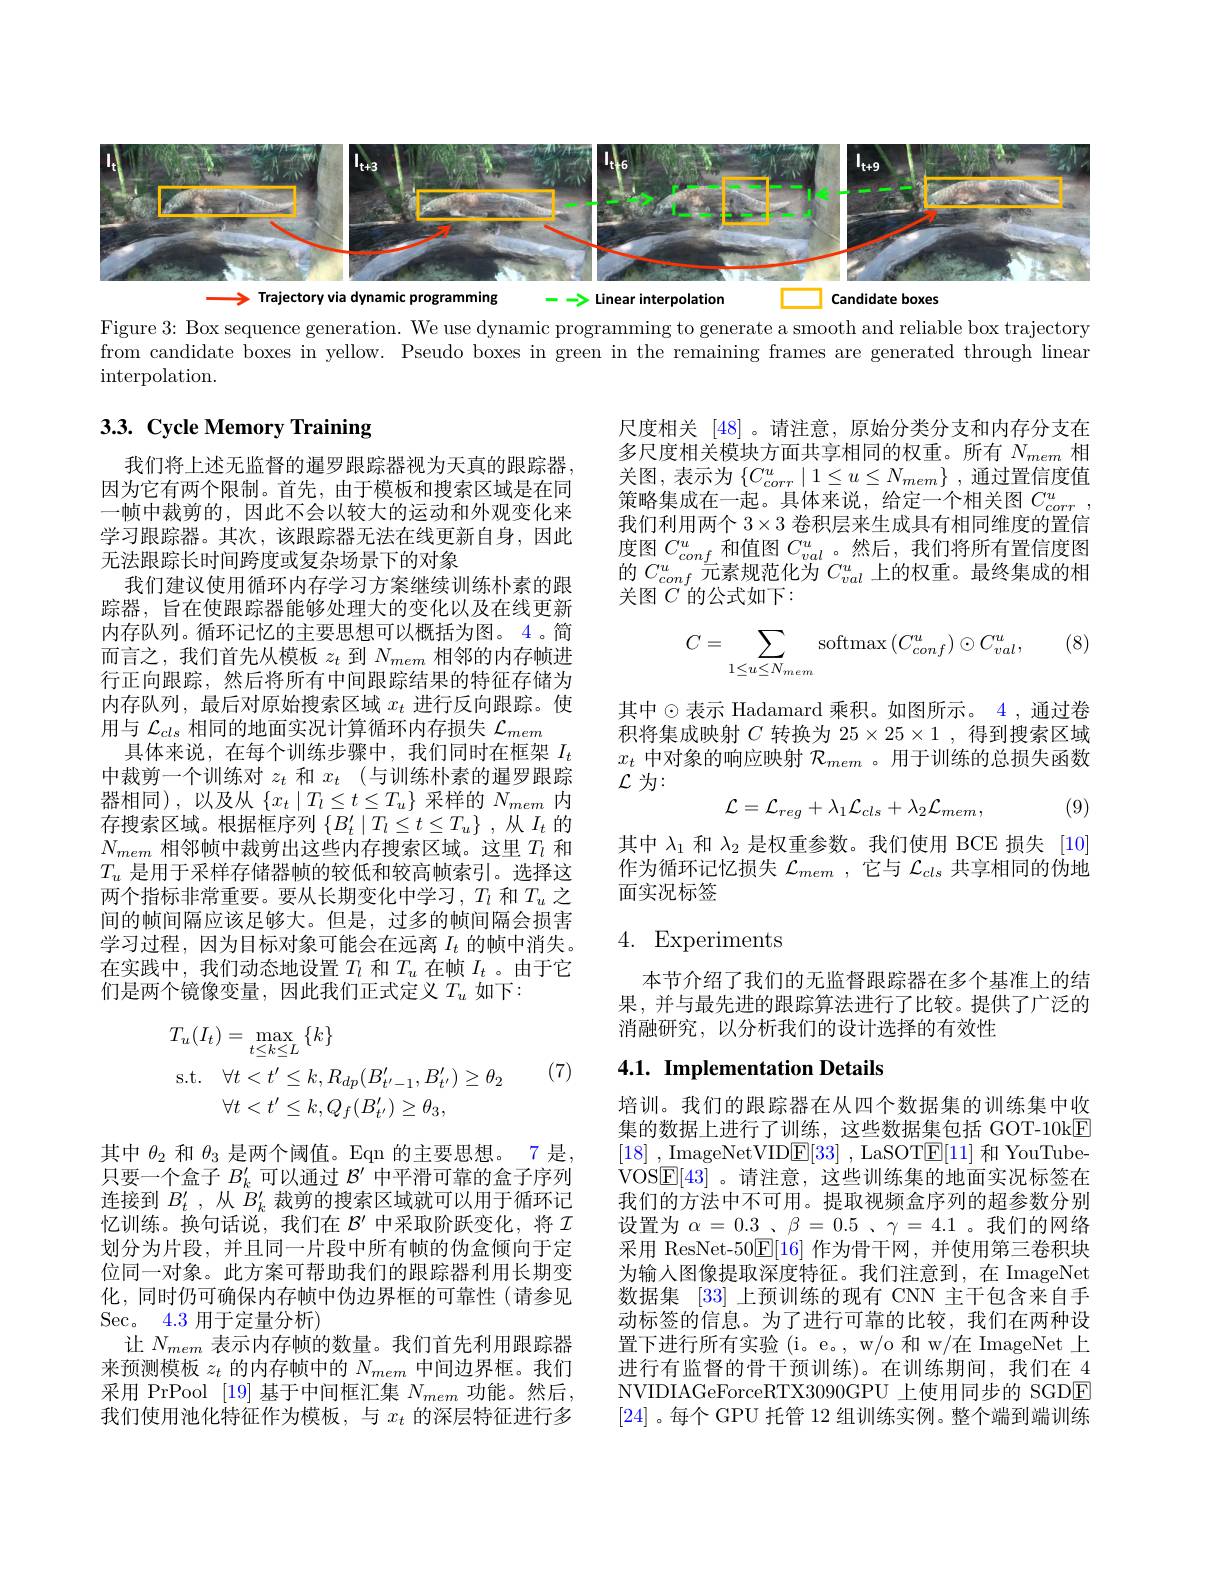
<FigureHere>

Figure 3: Box sequence generation. We use dynamic programming to generate a smooth and reliable box trajectory

from candidate boxes in yellow. Pseudo boxes in green in the remaining frames are generated through linear

$\operatorname{interpolation}.$

# $3. 3. \textbf{ Cycle Memory Training}$

尺度相关[48] 。请注意，原始分类分支和内存分支在多尺度相关模块方面共享相同的权重。所有$N_{mem}$相关图，表示为$\left\{C_{corr}^u\mid1\leq u\leq N_{mem}\right\}$,通过置信度值策略集成在一起。具体来说，给定一个相关图$C_{corr}^u$, 我们利用两个$3\times3$卷积层来生成具有相同维度的置信度图$C_{conf}^u$和值图$C_val$ 。然后，我们将所有置信度图的$C_{conf}^u$元素规范化为$C_{val}^u$上的权重。最终集成的相关图 $C$ 的公式如下：

(8)
$$C=\sum_{1\leq u\leq N_{mem}}\mathrm{softmax}\left(C_{conf}^{u}\right)\odot C_{val}^{u},$$
我们将上述无监督的暹罗跟踪器视为天真的跟踪器因为它有两个限制。首先，由于模板和搜索区域是在同一帧中裁剪的，因此不会以较大的运动和外观变化来学习跟踪器。其次，该跟踪器无法在线更新自身，因此无法跟踪长时间跨度或复杂场景下的对象
我们建议使用循环内存学习方案继续训练朴素的跟踪器，旨在使跟踪器能够处理大的变化以及在线更新内存队列。循环记忆的主要思想可以概括为图。4。简而言之，我们首先从模板$z_t$到$N_mem$相邻的内存帧进行正向跟踪，然后将所有中间跟踪结果的特征存储为内存队列，最后对原始搜索区域$x_t$进行反向跟踪。使用与$\mathcal{L}_cls$相同的地面实况计算循环内存损失$\mathcal{L}_mem$
具体来说，在每个训练步骤中，我们同时在框架$I_t$ 中裁剪一个训练对$z_t$和$x_t$ (与训练朴素的暹罗跟踪器相同),以及从$\left\{x_t\mid T_l\leq t\leq T_u\right\}$采样的$N_mem$内存搜索区域。根据框序列$\{B_t^{\prime}\mid T_l\leq t\leq T_u\}$ ,从$I_t$的$N_{mem}$相邻帧中裁剪出这些内存搜索区域。这里$T_l$和$T_u$是用于采样存储器帧的较低和较高帧索引。选择这两个指标非常重要。要从长期变化中学习，$T_l$ 和$T_u$ 之间的帧间隔应该足够大。但是，过多的帧间隔会损害学习过程，因为目标对象可能会在远离$I_t$的帧中消失。在实践中，我们动态地设置$T_l$和$T_u$在帧$I_t$ 。由于它们是两个镜像变量，因此我们正式定义$T_u$如下：

其中$\odot$表示 Hadamard 乘积。如图所示。4 ,通过卷积将集成映射$C$转换为 25$\times25\times1$ ,得到搜索区域$x_t$中对象的响应映射$\mathcal{R}_mem$ 。用于训练的总损失函数$\mathcal{L}$为：
$$\mathcal{L}=\mathcal{L}_{reg}+\lambda_{1}\mathcal{L}_{cls}+\lambda_{2}\mathcal{L}_{mem},$$
(9)

其中$\lambda_{1}$和$\lambda_2$是权重参数。我们使用 BCE 损失[10] 作为循环记忆损失$\mathcal{L}_mem$,它与$\mathcal{L}_cls$共享相同的伪地面实况标签

## 4. Experiments

本节介绍了我们的无监督跟踪器在多个基准上的结果，并与最先进的跟踪算法进行了比较。提供了广泛的消融研究，以分析我们的设计选择的有效性

# 4.1. Implementation Details
$$\begin{aligned}&T_{u}(I_{t})=\operatorname*{max}_{t\leq k\leq L}\{k\}\\&\mathrm{s.t.}\quad\forall t<t^{\prime}\leq k,R_{dp}(B_{t^{\prime}-1}^{\prime},B_{t^{\prime}}^{\prime})\geq\theta_{2}\\&\forall t<t^{\prime}\leq k,Q_{f}(B_{t^{\prime}}^{\prime})\geq\theta_{3},\end{aligned}$$
(7)

培训。我们的跟踪器在从四个数据集的训练集中收集的数据上进行了训练，这些数据集包括 GOT-10kE [18] ,ImageNetVIDE[33] ,LaSOT$\underline{\mathrm{E}}[11]$和 YouTubeVOS$\boxed{\mathrm{E}}[43]$ 。请注意，这些训练集的地面实况标签在我们的方法中不可用。提取视频盒序列的超参数分别设置为$\alpha = 0. 3$ $、 \beta = 0. 5$ $、 \gamma = 4. 1$ $。我 们 的 网 络$ 采用 ResNet-50$\mathbb{E}[16]$作为骨干网，并使用第三卷积块为输入图像提取深度特征。我们注意到，在 ImageNet 数据集[33]上预训练的现有 CNN 主干包含来自手动标签的信息。为了进行可靠的比较，我们在两种设置下进行所有实验(i。e。, w/o 和 w/在 ImageNet 上进行有监督的骨干预训练)。在训练期间，我们在 4 NVIDIAGeForceRTX3090GPU 上使用同步的 SGDE [24] 。每个 GPU 托管 12 组训练实例。整个端到端训练

其中$\theta_{2}$和$\theta_{3}$是两个阈值。Eqn 的主要思想。7 是， 只要一个盒子$B_k^{\prime}$可以通过$\mathcal{B}^\prime$中平滑可靠的盒子序列连接到$B_t^{\prime }$ ,从$B_k^{\prime}$裁剪的搜索区域就可以用于循环记忆训练。换句话说，我们在$\mathcal{B}^\prime$中采取阶跃变化，将 I 划分为片段，并且同一片段中所有帧的伪盒倾向于定位同一对象。此方案可帮助我们的跟踪器利用长期变化，同时仍可确保内存帧中伪边界框的可靠性(请参见Sec。4.3 用于定量分析)
让$N_{mem}$表示内存帧的数量。我们首先利用跟踪器来预测模板$z_t$的内存帧中的$N_mem$中间边界框。我们采用 PrPool [19] 基于中间框汇集$N_{mem}$功能。然后， 我们使用池化特征作为模板，与$x_t$的深层特征进行多